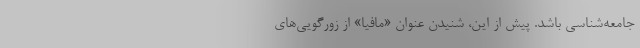
جامعه‌شناسی باشد. پیش از این، شنیدن عنوان «مافیا» از زورگویی‌های